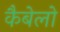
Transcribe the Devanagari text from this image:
कैबेलो